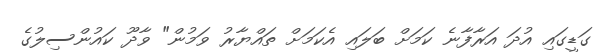
ގަޑީގައި އުދަ އަރާފާނެ ކަމަށް ބަލައި އެކަމަށް ތައްޔާރު ވަމުން" ވާދޫ ކައުންސިލުގެ